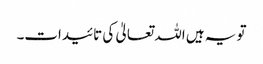
تو یہ ہیں اللہ تعالیٰ کی تائیدات۔